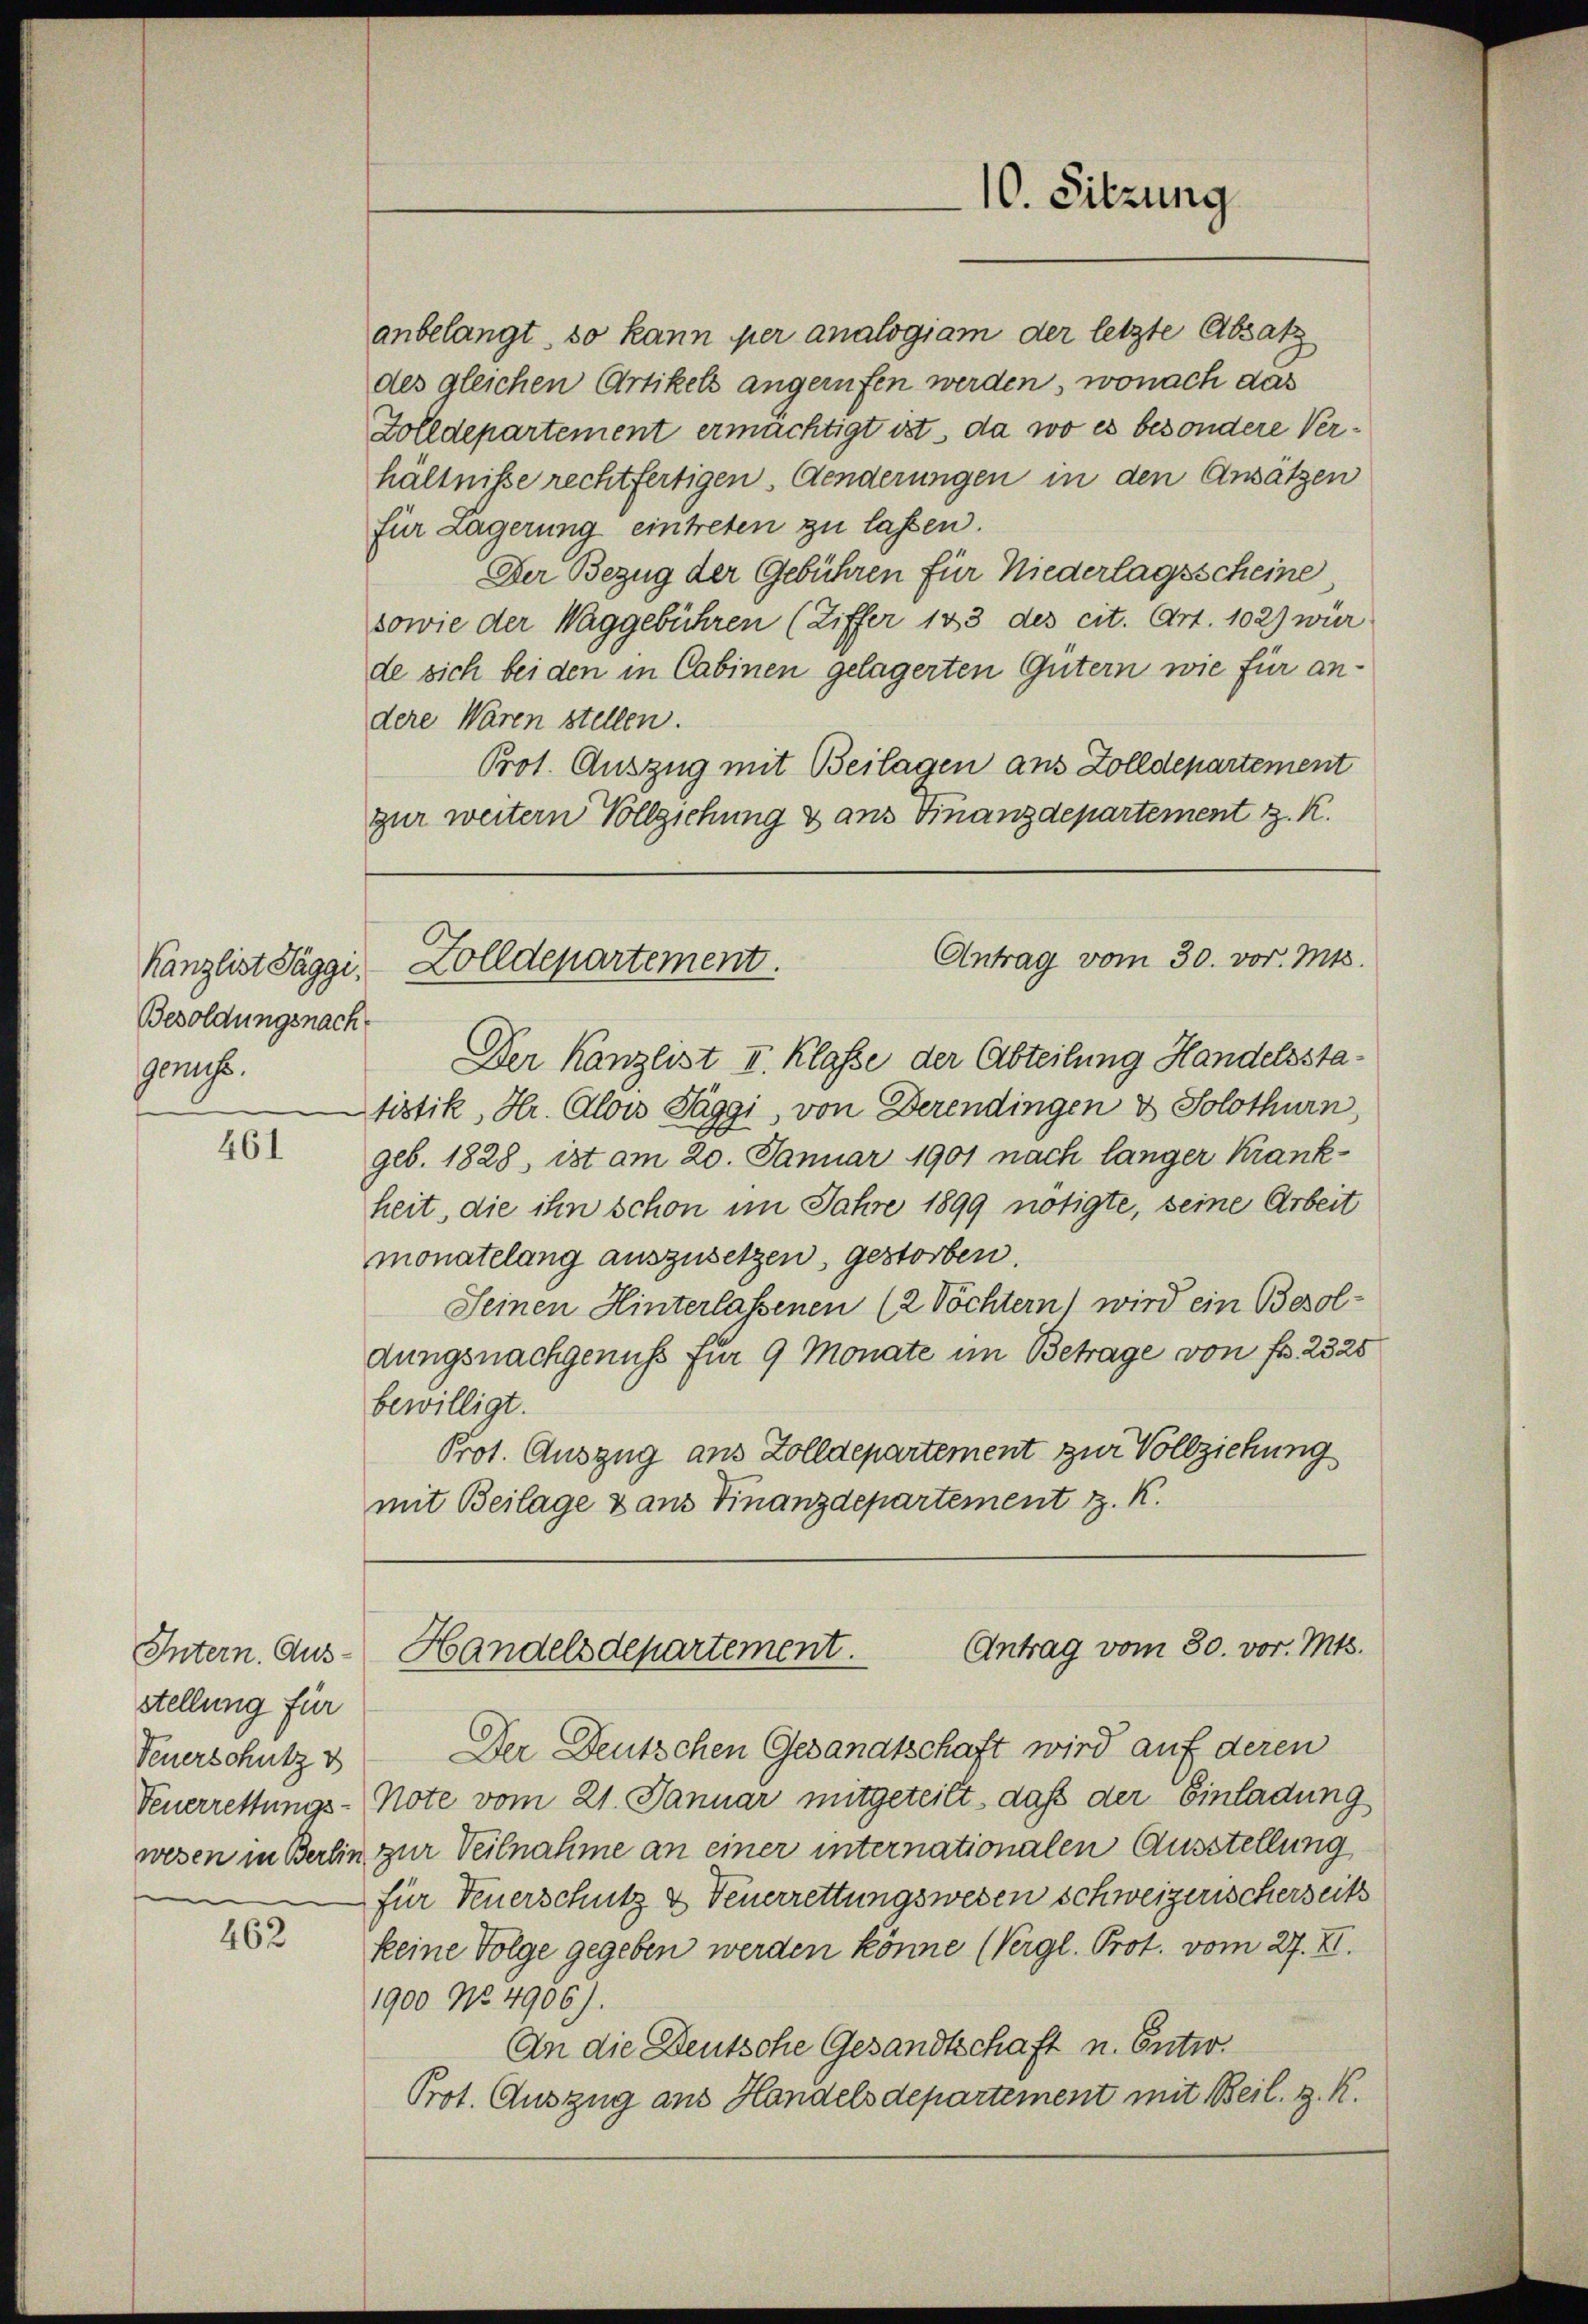
Kanzlist Taggi,
Besoldungsnach
gens.

461

Intern. Ausstellung für
Feuerschutz v
Feuerrettungs-

462

10. Sitzung

anbelangt, so kann per analogiam der letzte Absatz
des gleichen Artikels angerufen werden, wonach das
Zolldepartement ermächtigt ist, da wo es besondere Verhältnisse rechtfertigen Aenderungen in den Ansätzen
für Lagerung eintreten zu lassen.
Der Bezug der Gebühren für Niederlagsscheine,
sowie der Waggebühren (Ziffer 183 des cit. Art. 102) wür
de sich bei den in Cabinen gelagerten Gütern wie für andere Waren stellen.
Prot. Auszug mit Beilagen aus Zolldepartement
zur weitern Vollziehung & aus Finanzdepartement z. K.
Antrag vom 30. vor. Mts.
Golldepartement.
Der Kanzlist I. Klasse der Abteilung Handelsstatistik, Hr. Alois Taggi, von Derendingen & Solothurn,
geb. 1828, ist am 20. Januar 1901 nach länger Krank-
heit, die ihn schon im Jahre 1899 nötigte, seine Arbeit
monatelang auszusetzen, gestorben.
Seinen Hinterlassenen (2 Töchtern) wird ein Besoldungsnachgenuss für 9 Monate im Betrage von Fr. 2325
bewilligt.
Prot. Auszug aus Zolldepartement zur Vollziehung
mit Beilage & aus Finanzdepartement z. K.

Antrag vom 30. vor. Mts.
Handelsdepartement.

Der Deutschen Gesandtschaft wird auf deren
Note vom 21. Januar mitgeteilt, daß der Einladung
wesen in Berlin zur Teilnahme an einer internationalen Ausstellung
für Feuerschutz & Feuerrettungswesen schweizerischerseits
keine Folge gegeben werden könne (Vergl. Prot. vom 27. X.
1900 No. 4906).
An die Deutsche Gesandtschaft u. Entw.
Prot. Auszug aus Handelsdepartement mit Beil. z. R.